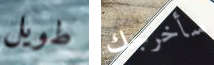
طويل سأخرجك